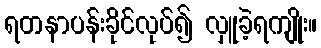
ရတနာပန်းခိုင်လုပ်၍ လှူခဲ့ရကျိုး။